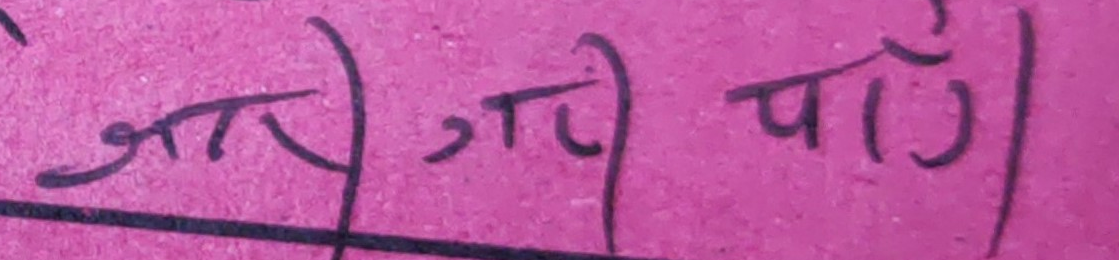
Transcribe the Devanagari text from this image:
जात, जाति पाँ०।